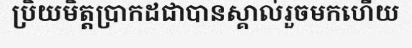
ប្រិយមិត្តប្រាកដជាបានស្គាល់រួចមកហើយ